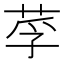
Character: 莩